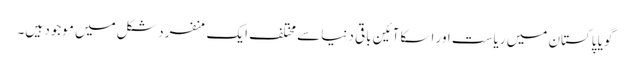
گویا پاکستان میں ریاست اور اسکا آئین باقی دنیا سے مختلف ایک منفرد شکل میں موجود ہیں۔